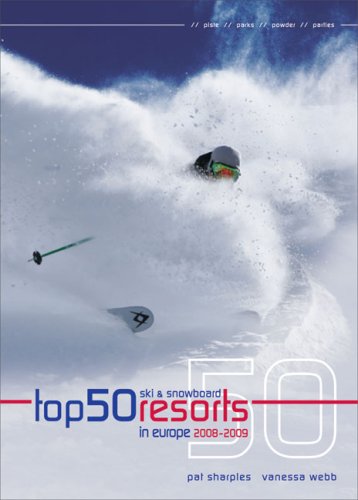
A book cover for Top 50 Ski and Snowboard Resorts in Europe (Top 50 Ski & Snowboard Resorts in Europe); Pat Sharples; Sports & Outdoors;